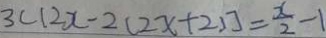
3 ( 1 2 x - 2 ( 2 x + 2 ) ] = \frac { x } { 2 } - 1